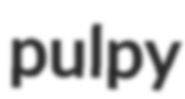
pulpy